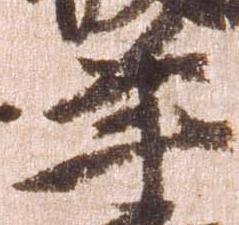
年